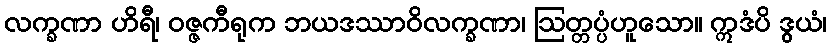
လက္ခဏာ ဟိရီ၊ ဝဇ္ဇကီရုက ဘယဒဿာဝိလက္ခဏာ၊ ဩတ္တပ္ပံဟူသော။ ဣဒံပိ ဒွယံ၊